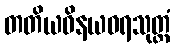
တတိယဝိနယဓရသုတ္တံ